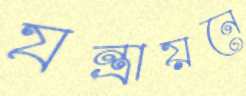
যন্ত্রায়নে